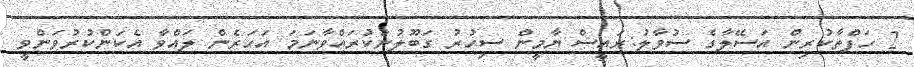
2 ހަފްތާކުރިން އަސޭލާގެ ސުވާލު:ރައީސް ޔާމީން ސިހުރު ގަބޫލުނުކުރައްވާނަަމަ އަހަރެން ލައްވާ އެކަންކުރުވަންވީ